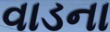
વાડના